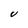
Character: V